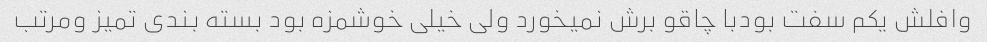
وافلش یکم سفت بودبا چاقو برش نمیخورد ولی خیلی خوشمزه بود بسته بندی تمیز و‌مرتب